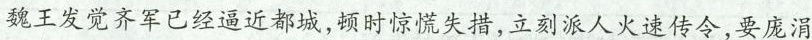
魏王发觉齐军已经逼近都城，顿时惊慌失措，立刻派人火速传令，要庞涓